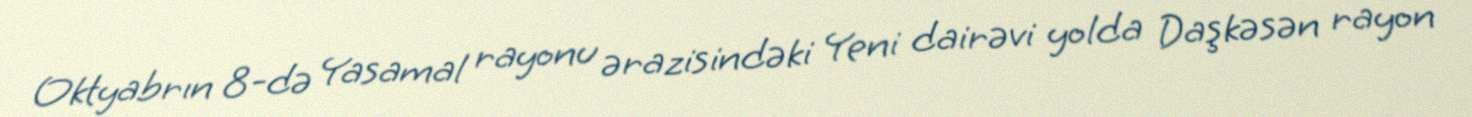
Oktyabrın 8-də Yasamal rayonu ərazisindəki Yeni dairəvi yolda Daşkəsən rayon